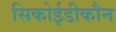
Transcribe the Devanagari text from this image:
सिकोईडीकौन